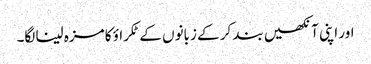
اور اپنی آنکھیں بند کر کے زبانوں کے ٹکراؤ کا مزہ لینا لگا۔